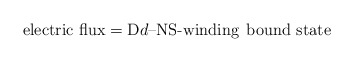
\begin{align*}\mbox{electric flux} = {\rm D}d\mbox{--NS-winding} \;\,\mbox{bound state}\end{align*}